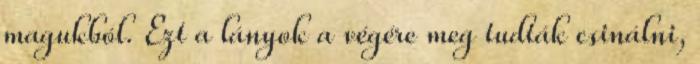
magukból. Ezt a lányok a végére meg tudták csinálni,